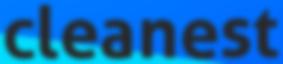
cleanest